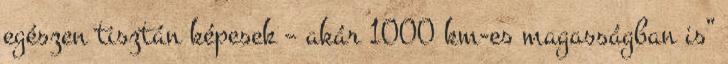
egészen tisztán képesek – akár 1000 km-es magasságban is”